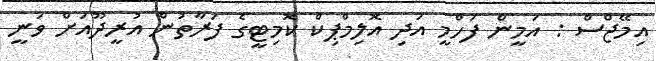
އިމޭޖްސް : އަމީން ފަހްމީ އަދި އޮލިމްޕިކް ކޮމިޓީގެ ފަރާތުން އުރީދޫއަށް ވަނީ